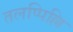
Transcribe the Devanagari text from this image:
तलप्पिल्लि